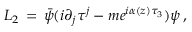
{ \cal L } _ { 2 } \, = \, \bar { \psi } ( i \partial _ { j } \tau ^ { j } - m e ^ { i \alpha ( z ) \tau _ { 3 } } ) \psi \, ,